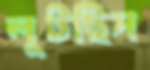
লুটছিস